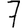
Digit: 7